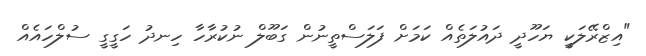
"އިޒްރޭލަކީ ޔަހޫދީ ދައުލަތެއް ކަމަށް ފަލަސްތީނުން ގަބޫލް ނުކުރާހާ ހިނދު ހަގީގީ ސުލްހައެއް